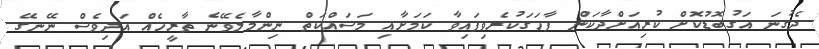
ދެގުނަ އަގުބޮޑުކޮށް ކުރިއަށްދާކަން ފާހަގަކުރެވިފައިވާ ކަމަށާއި މަސައްކަތް ނިންމާލެވޭނެ ތާރީހެއް އަދިވެސް ނޭނގޭ